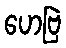
ဟေဗြဲ